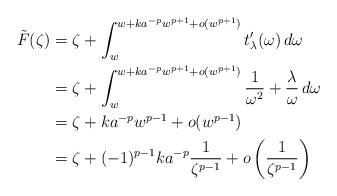
LaTeX: \begin{align*}{\tilde{F}}(\zeta )&=\zeta +\int _w^{w+ka^{-p}w^{p+1}+o(w^{p+1})}t_\lambda '(\omega )\,d\omega \\&=\zeta +\int _w^{w+ka^{-p}w^{p+1}+o(w^{p+1})}\frac 1{\omega ^{2}}+\frac \lambda \omega \,d\omega \\&=\zeta +ka^{-p}w^{p-1}+o(w^{p-1})\\&=\zeta +(-1)^{p-1}ka^{-p}\frac{1}{\zeta ^{p-1}} +o\left(\frac 1{\zeta ^{p-1}}\right)\end{align*}